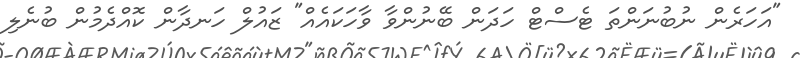
"އަހަރެން ނުބުނަންތަ ޓެސްޓް ހަދަން ބޭނުންވާ ވާހަކައެއް" ޒައުލް ހަނދާން ކޮއްދެމުން ބުނެލި